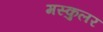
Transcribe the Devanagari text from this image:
मस्कुलर